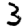
Digit: 3